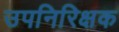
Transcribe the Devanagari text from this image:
उपनिरिक्षक